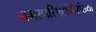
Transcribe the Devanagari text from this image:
नगरपरिषदांचीसंख्या